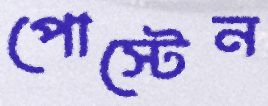
পোস্টেন